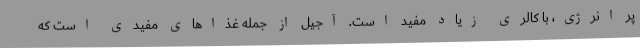
پر انرژی، با کالری زیاد مفید است. آجیل از جمله غذاهای مفیدی است که